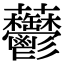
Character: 䖇